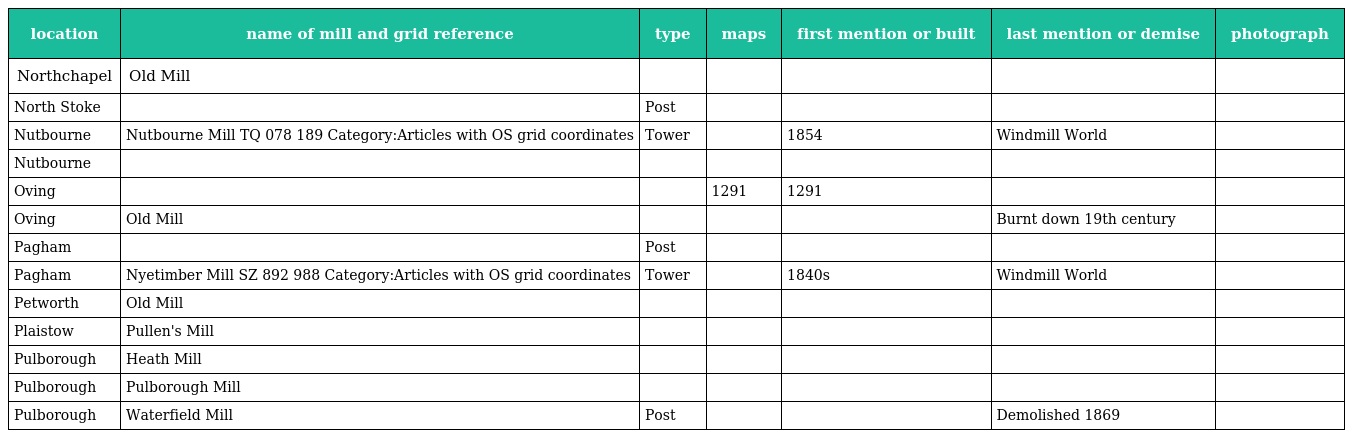
| location | name of mill and grid reference | type | maps | first mention or built | last mention or demise | photograph |
 | --- | --- | --- | --- | --- | --- | --- |
 | Northchapel | Old Mill |  |  |  |  |  |
 | North Stoke |  | Post |  |  |  |  |
 | Nutbourne | Nutbourne Mill TQ 078 189 Category:Articles with OS grid coordinates | Tower |  | 1854 | Windmill World |  |
 | Nutbourne |  |  |  |  |  |  |
 | Oving |  |  | 1291 | 1291 |  |  |
 | Oving | Old Mill |  |  |  | Burnt down 19th century |  |
 | Pagham |  | Post |  |  |  |  |
 | Pagham | Nyetimber Mill SZ 892 988 Category:Articles with OS grid coordinates | Tower |  | 1840s | Windmill World |  |
 | Petworth | Old Mill |  |  |  |  |  |
 | Plaistow | Pullen's Mill |  |  |  |  |  |
 | Pulborough | Heath Mill |  |  |  |  |  |
 | Pulborough | Pulborough Mill |  |  |  |  |  |
 | Pulborough | Waterfield Mill | Post |  |  | Demolished 1869 |  |